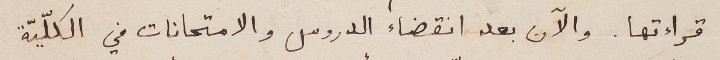
قرأءتها. والآن بعد انقضاء الدروس والامتحانات في الكلّيّة